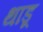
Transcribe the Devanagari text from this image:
थाडू